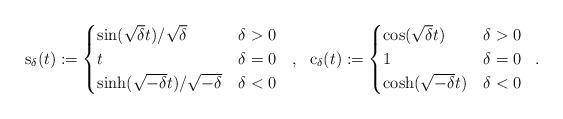
LaTeX: \begin{align*}\begin{array}{ccc} {\rm s}_\delta(t) := \begin{cases}\sin(\sqrt{\delta} t)/\sqrt{\delta} & \delta > 0 \\t & \delta = 0 \\\sinh(\sqrt{-\delta} t)/\sqrt{-\delta} & \delta < 0\end{cases}& , & {\rm c}_\delta(t) := \begin{cases}\cos(\sqrt{\delta} t) & \delta > 0 \\1 & \delta = 0 \\\cosh(\sqrt{-\delta} t) & \delta < 0\end{cases}\end{array} ~.\end{align*}